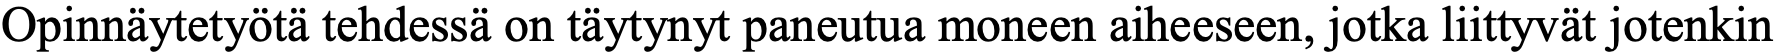
Opinnäytetyötä tehdessä on täytynyt paneutua moneen aiheeseen, jotka liittyvät jotenkin